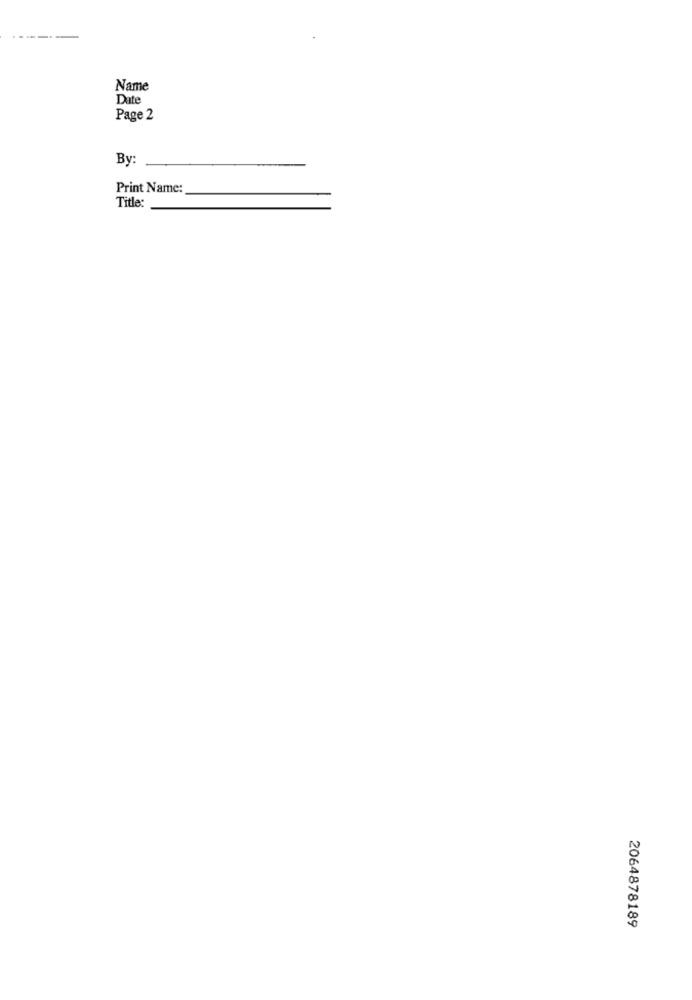
Name
Date
Page 2
By:
Print Name:
Title:
2064878189